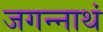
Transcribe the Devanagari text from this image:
जगन्नाथं